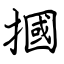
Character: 摑